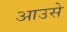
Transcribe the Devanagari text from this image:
आउसे